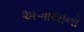
અગાથાનો